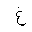
Letter: _gayn